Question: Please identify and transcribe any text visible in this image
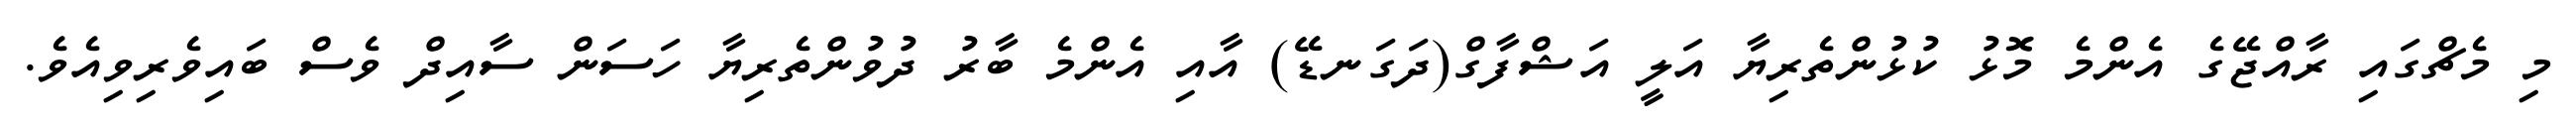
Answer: މި މެޗްގައި ރާއްޖޭގެ އެންމެ މޮޅު ކުޅުންތެރިޔާ އަލީ އަޝްފާގް(ދަގަނޑޭ) އާއި އެންމެ ބާރު ދުވުންތެރިޔާ ހަސަން ސާއިދް ވެސް ބައިވެރިވިއެވެ.